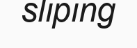
sliping